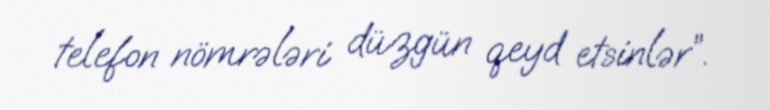
telefon nömrələri düzgün qeyd etsinlər”.